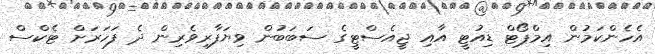
އެހެންކަމުން އިމްޕޯޓް ޑިއުޓީ އާއި ޖީއެސްޓީގެ ސަބަބުން ވިޔަފާރިވެރިން ދެ ފަހަރަށް ޓެކްސް